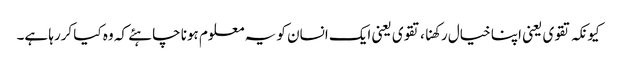
کیونکہ تقوی یعنی اپنا خیال رکھنا، تقوی یعنی ایک انسان کو یہ معلوم ہونا چاہئے کہ وہ کیا کررہا ہے۔